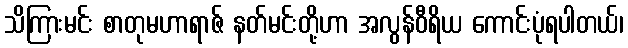
သိကြားမင်း စာတုမဟာရာဇ် နတ်မင်းတို့ဟာ အလွန်ဝီရိယ ကောင်းပုံရပါတယ်၊